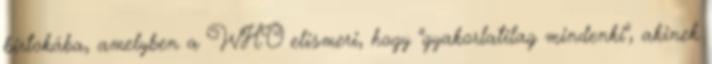
birtokába, amelyben a WHO elismeri, hogy "gyakorlatilag mindenki", akinek